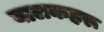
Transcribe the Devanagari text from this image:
बालकहरू